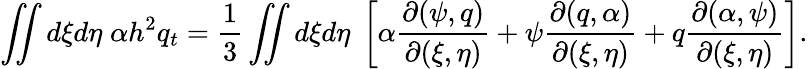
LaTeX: \iint d\xi d\eta\; \alpha h^{2}q_{t}=\frac{1}{3}\iint d\xi d\eta\; \left[\alpha\frac{\partial(\psi,q)}{\partial(\xi,\eta)}+\psi\frac{\partial(q,\alpha)}{\partial(\xi,\eta)}+q\frac{\partial(\alpha,\psi)}{\partial(\xi,\eta)}\right].